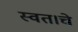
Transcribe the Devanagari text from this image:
स्वत।चे